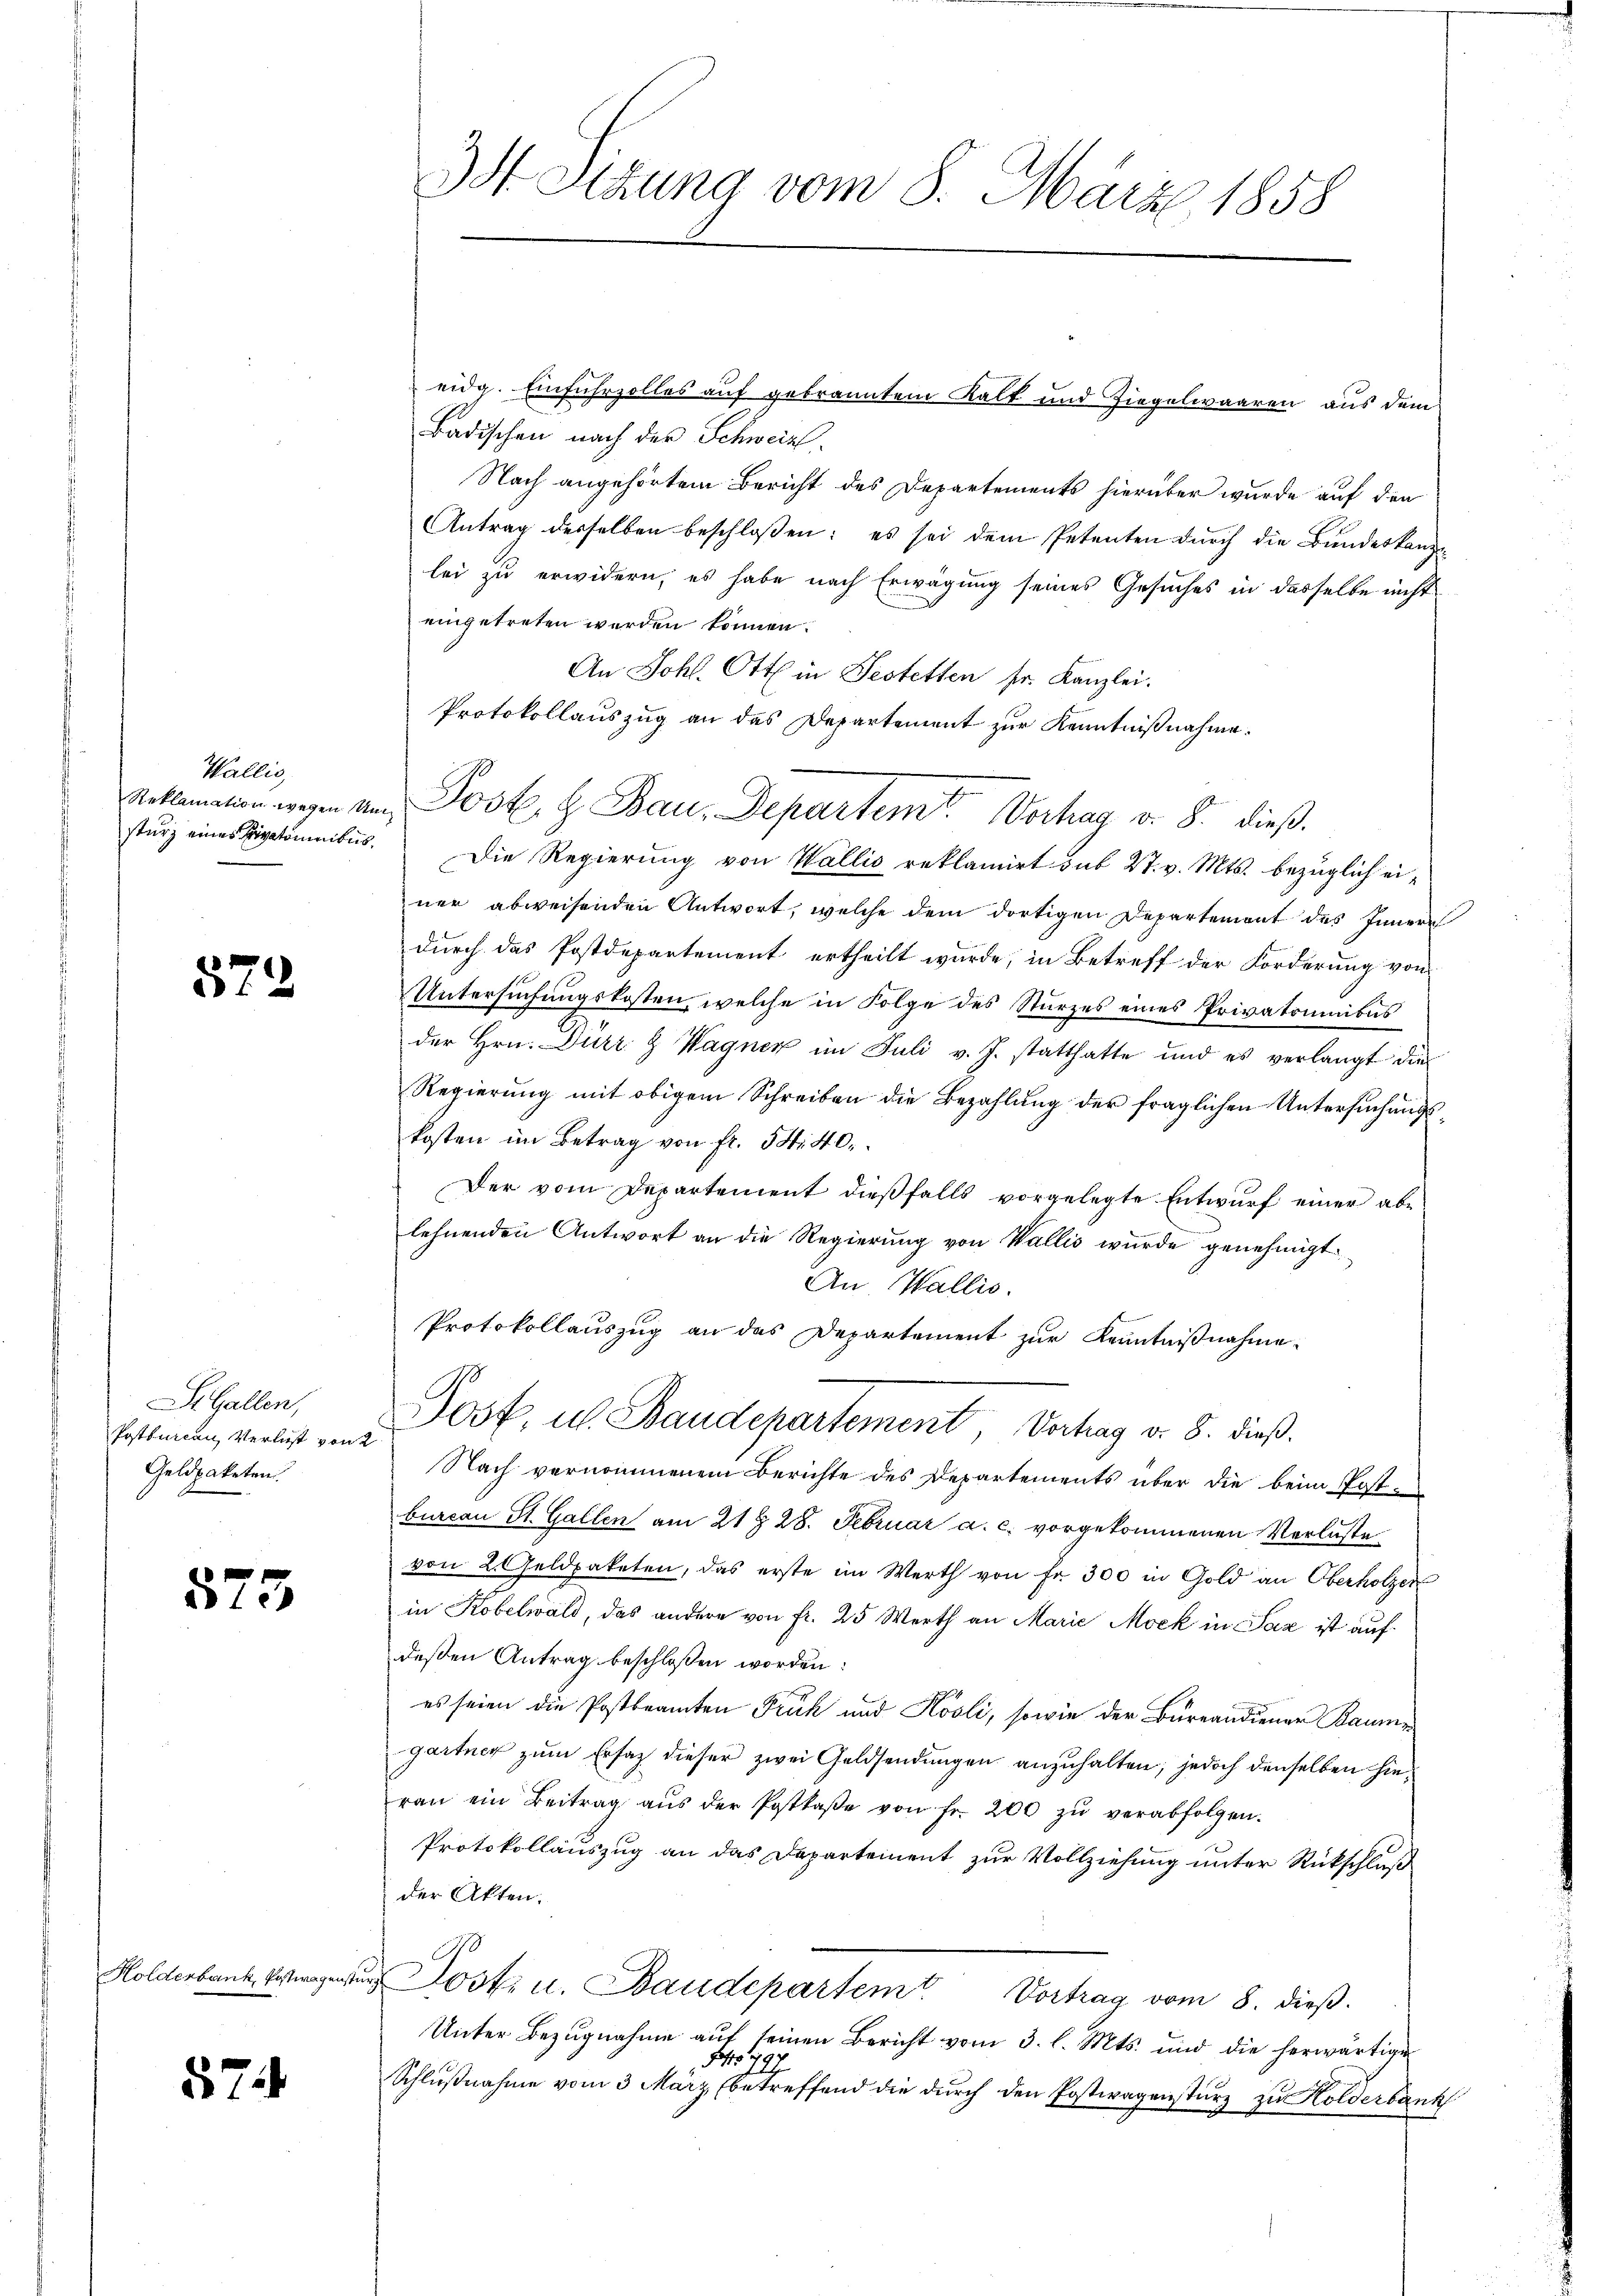
Wallis,

572

Si. Gallen,
Postbureau, Verlust von
Geldpaketen.

573

Holderbank, Postwagensti

57

3t Setzung vom 8. März 1858

eidg. Einfuhrzolles auf gebranntem Kalt und Ziegelwaaren aus dem
Badischen nach der Schweiz.
Nach angehörtem Bericht des Departements hierüber wurde auf den
Antrag derselben beschloßen: es sei dem Petenten durch die Bundeskandlei zu erwidern, es habe nach Erwägung seines Gesuches in dasselbe nicht
eingetreten werden können.
An Johl. Ott in Festetten sr. Kanzlei.
Protokollauszug an das Departement zur Kenntnißnahme.
sturz eines Pipetomnibus. Die Regierung von Wallis reklamirt sub 27. v. Mts. bezüglich einer abweisenden Antwort, welche dem dortigen Departement des Innern
durch das Postdepartement ertheilt wurde, in Betreff der Forderung von
Untersuchungskosten, welche in Folge des Sturzes eines Privatomnibus
der Hrn. Dürr & Wagner im Juli v. J. statthatte und es verlangt die
Regierŭng mit obigem Schreiben die Bezahlŭng der fraglichen Untersŭchŭngs-
kosten im Betrag von fr. 54. 40.
Der vom Departement dießfalls vorgelegte Entwurf einer abelehnenden Antwort an die Regierung von Wallis wurde genehmigt.
An Wallis.
Protokollauszug an das Departement zur Kenntnißnahme
Jost, u. Baudepartement, Vertrag v. 8. dieß.
Nach vernommenem Berichte des Departements über die beim Postburcan St. Gallen am 21 § 28. Februar a. c. vorgekommenen Verluste
von 2. Geldpaketen, das erste im Werth von fr. 300 in Gold an Oberholzer
in Kobelwald, das andere von fr. 25 Werth an Marie Mock in Sax ist auf
deßen Antrag beschlossen worden:
es seien die Postbeamten Frick und Hösli, sowie der Bureandiener Baume
gartner zum Ersatz dieser zwei Geldsendungen anzuhalten, jedoch denselben hieran ein Beitrag aŭs der Postkaβe von fr. 200 zŭ verabfolgen.
Protokollauszug an das Departement zur Vollziehung unter Rückschluß
der Akten.
Post u. Baudepartem Vortrag vom 8. dieβ.
Unter Bezugnahme auf seinen Bericht vom 3. l. Mts. und die herwärtige
F 797
Schlŭβnahme vom 3 März (betreffend die dŭrch den Postwagensturz zu Holderbank

eklamation wegen am Post. H. Bau, Departemt. Verhag v. 8. dieß.